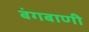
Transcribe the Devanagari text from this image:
बंगबाणी